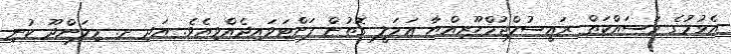
އެޅުމުގެ މަސައްކަތް ރައީސުލްޖުމްހޫރިއްޔާ ޢަމަލީ ގޮތުން ފަށްޓަވައިދެއްވިއެވެ. އަދި ށ. މިލަންދޫ ކުނި